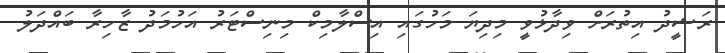
ރަޝީދު އިތުރަށް ވިދާޅުވީ މިދިޔަ މަހުގައި އިސްލާމިކް މިނިސްޓަރު އަހުމަދު ޒާހިރާ ބައްދަލު